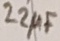
Text: 22µF